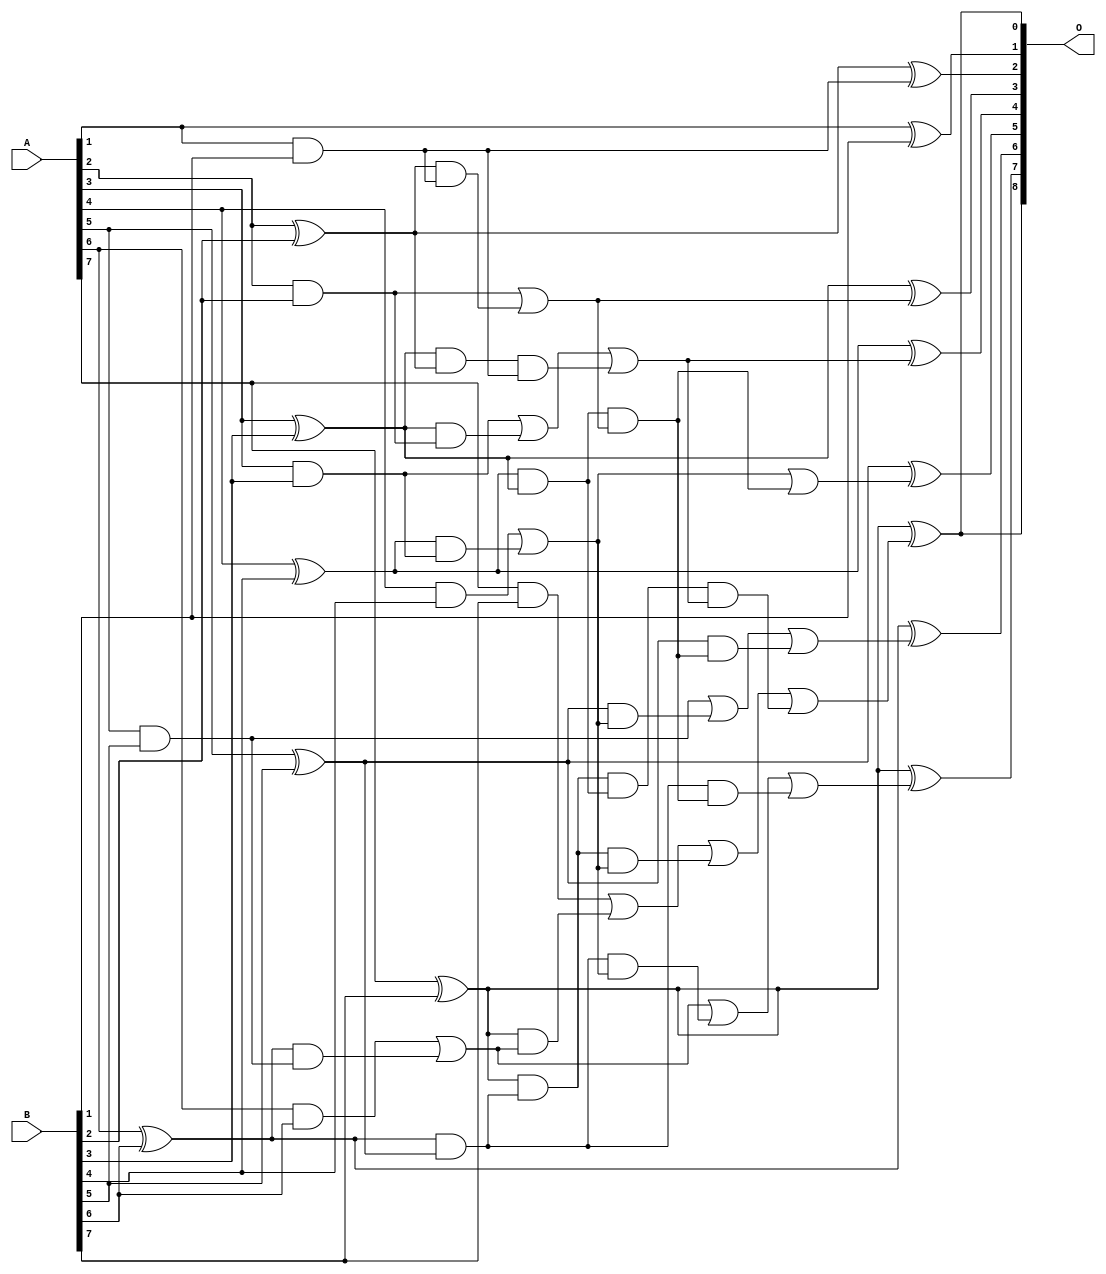
/***
* This code is a part of EvoApproxLib library (ehw.fit.vutbr.cz/approxlib) distributed under The MIT License.
* When used, please cite the following article(s): V. Mrazek, L. Sekanina, Z. Vasicek "Libraries of Approximate Circuits: Automated Design and Application in CNN Accelerators" IEEE Journal on Emerging and Selected Topics in Circuits and Systems, Vol 10, No 4, 2020 
* This file contains a circuit from a sub-set of pareto optimal circuits with respect to the pwr and mae parameters
***/
// MAE% = 0.27 %
// MAE = 0.7 
// WCE% = 0.78 %
// WCE = 2.0 
// WCRE% = 100.00 %
// EP% = 62.40 %
// MRE% = 2.88 %
// MSE = 1.0 
// PDK45_PWR = 0.030 mW
// PDK45_AREA = 65.7 um2
// PDK45_DELAY = 0.55 ns

module add8se_72D (
    A,
    B,
    O
);

input [7:0] A;
input [7:0] B;
output [8:0] O;

wire sig_18,sig_19,sig_20,sig_21,sig_22,sig_23,sig_24,sig_25,sig_26,sig_27,sig_28,sig_29,sig_30,sig_32,sig_38,sig_39,sig_40,sig_41,sig_42,sig_43;
wire sig_47,sig_48,sig_49,sig_50,sig_51,sig_52,sig_53,sig_54,sig_55,sig_56,sig_58,sig_59,sig_60,sig_62,sig_63,sig_65,sig_66,sig_67,sig_68,sig_71;
wire sig_72,sig_73,sig_74,sig_75,sig_76,sig_78,sig_79,sig_80,sig_81,sig_82,sig_83,sig_84;

assign sig_18 = A[1] & B[1];
assign sig_19 = A[1] ^ B[1];
assign sig_20 = A[2] & B[2];
assign sig_21 = A[2] ^ B[2];
assign sig_22 = A[3] & B[3];
assign sig_23 = A[3] ^ B[3];
assign sig_24 = A[4] & B[4];
assign sig_25 = A[4] ^ B[4];
assign sig_26 = A[5] & B[5];
assign sig_27 = A[5] ^ B[5];
assign sig_28 = A[6] & B[6];
assign sig_29 = A[6] ^ B[6];
assign sig_30 = A[7] & B[7];
assign sig_32 = A[7] ^ B[7];
assign sig_38 = sig_23 & sig_20;
assign sig_39 = sig_23 & sig_21;
assign sig_40 = sig_22 | sig_38;
assign sig_41 = sig_25 & sig_22;
assign sig_42 = sig_25 & sig_23;
assign sig_43 = sig_24 | sig_41;
assign sig_47 = sig_29 & sig_26;
assign sig_48 = sig_29 & sig_27;
assign sig_49 = sig_28 | sig_47;
assign sig_50 = sig_32 & sig_49;
assign sig_51 = sig_32 & sig_48;
assign sig_52 = sig_30 | sig_50;
assign sig_53 = sig_21 & sig_18;
assign sig_54 = sig_20 | sig_53;
assign sig_55 = sig_39 & sig_18;
assign sig_56 = sig_40 | sig_55;
assign sig_58 = sig_42 & sig_54;
assign sig_59 = sig_43 | sig_58;
assign sig_60 = sig_27 & sig_43;
assign sig_62 = sig_26 | sig_60;
assign sig_63 = sig_48 & sig_43;
assign sig_65 = sig_49 | sig_63;
assign sig_66 = sig_51 & sig_43;
assign sig_67 = sig_51 & sig_42;
assign sig_68 = sig_52 | sig_66;
assign sig_71 = sig_27 & sig_58;
assign sig_72 = sig_62 | sig_71;
assign sig_73 = sig_48 & sig_58;
assign sig_74 = sig_65 | sig_73;
assign sig_75 = sig_67 & sig_56;
assign sig_76 = sig_68 | sig_75;
assign sig_78 = sig_21 ^ sig_18;
assign sig_79 = sig_23 ^ sig_54;
assign sig_80 = sig_25 ^ sig_56;
assign sig_81 = sig_27 ^ sig_59;
assign sig_82 = sig_29 ^ sig_72;
assign sig_83 = sig_32 ^ sig_74;
assign sig_84 = sig_32 ^ sig_76;

assign O[8] = sig_84;
assign O[7] = sig_83;
assign O[6] = sig_82;
assign O[5] = sig_81;
assign O[4] = sig_80;
assign O[3] = sig_79;
assign O[2] = sig_78;
assign O[1] = sig_19;
assign O[0] = sig_84;

endmodule